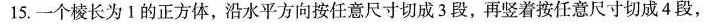
15.一个棱长为Ⅰ的正方体，沿水平方向按任意尺寸切成3段，再竖着按任意尺寸切成4段，